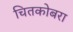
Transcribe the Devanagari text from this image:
चितकोबरा